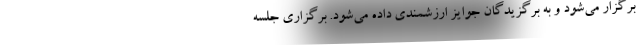
برگزار می‌شود و به برگزیدگان جوایز ارزشمندی داده می‌شود. برگزاری جلسه